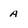
Character: A